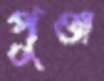
পুঞ্জ